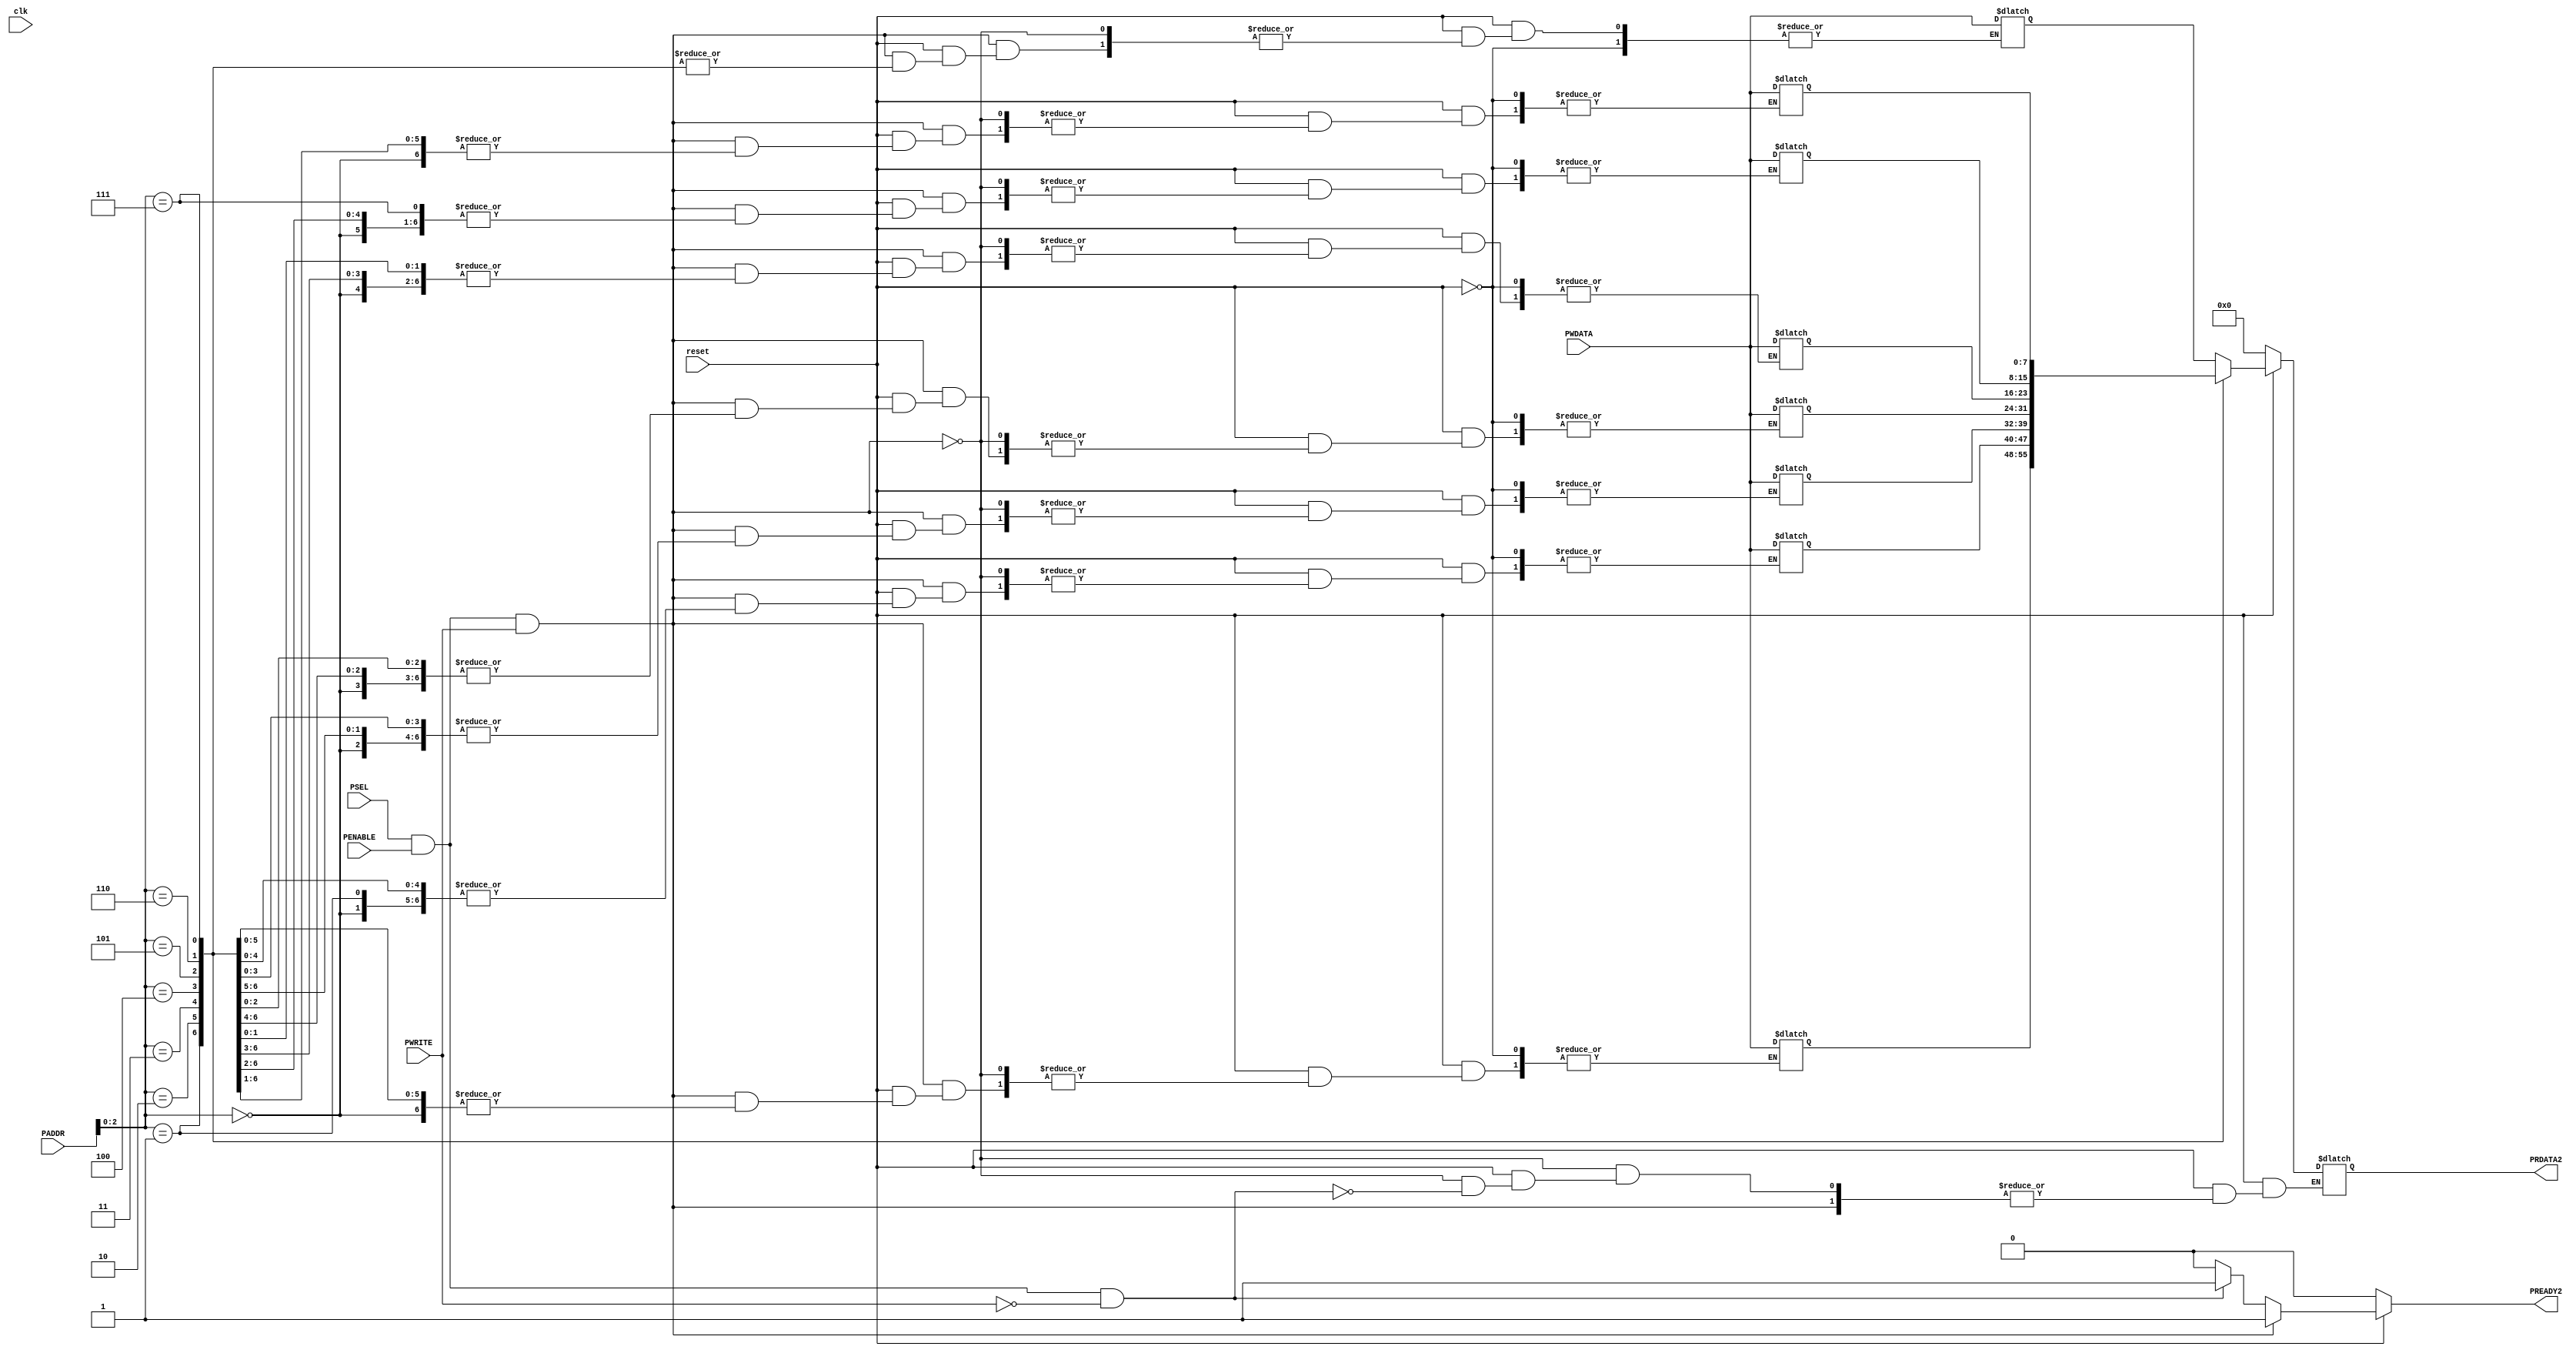
`timescale 1ns / 1ps
//////////////////////////////////////////////////////////////////////////////////
// Company: 
// Engineer: 
// 
// Design Name: 
// Module Name: slave2
// Project Name: 
// Target Devices: 
// Tool Versions: 
// Description: 
// 
// Dependencies: 
// 
// Revision:
// Revision 0.01 - File Created
// Additional Comments:
// 
//////////////////////////////////////////////////////////////////////////////////


module slave2(
         input clk,reset,
         input PSEL,PENABLE,PWRITE,
         input [7:0]PADDR,PWDATA,
        output reg [7:0]PRDATA2,
        output reg PREADY2 );
    
     reg [7:0] mem [7:0];
     always@(*)
     begin
        if(~reset)
        begin
            PRDATA2=0;
            PREADY2=0;
        end
        else if (PSEL && PENABLE && PWRITE)
        begin
            PREADY2=1;
            mem[PADDR]=PWDATA;
        end
        else if(PSEL && PENABLE && ~PWRITE)
        begin
            PREADY2=1;
            PRDATA2=mem[PADDR];
        end
        
        else PREADY2=0;
     end
    endmodule